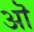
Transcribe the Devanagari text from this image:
अॊ